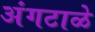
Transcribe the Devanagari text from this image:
अंगटाळे